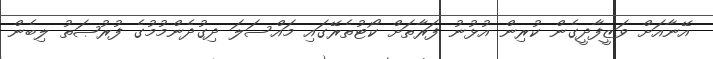
އޭނާއަށް ވަޒީފާދީގެން ކުރިން އުޅުނު ފަރާތަށް ކޯޓުތެރޭގައި މައްސަލަ ދިގުދެންމުމުގެ ފުރުޞަތު ލިބެން